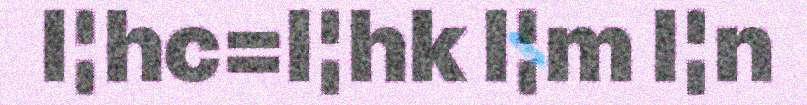
l¦hc=l¦hk l¦m l¦n